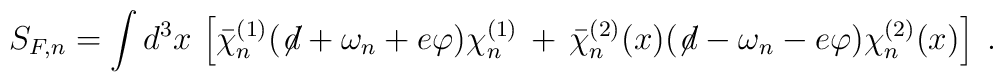
S_{F,n}=\int d^3x \, \left[{\bar\chi}^{(1)}_n (\not \! d + \omega_n+e \varphi ) \chi^{(1)}_n \,+\,{\bar\chi}^{(2)}_n(x)(\not \! d - \omega_n-e \varphi ) \chi^{(2)}_n(x) \right] \;.